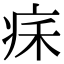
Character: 𤵥